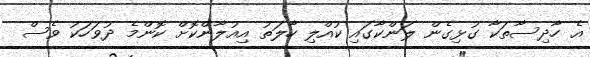
އެ ހާދިސާތަކާ ގުޅިގެން ލަންކާގައި ކުއްލި ހާލަތު އިއުލާންކޮށް ކޮންމެ ދުވަހަކު ވެސް